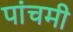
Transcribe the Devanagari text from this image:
पांचमी